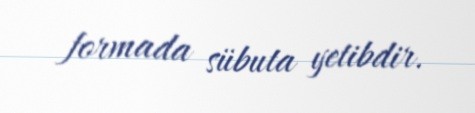
formada sübuta yetibdir.